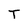
Character: T